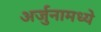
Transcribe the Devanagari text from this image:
अर्जुनामध्ये